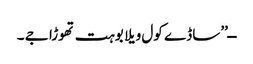
ــ’’ساڈے کول ویلا بوہت تھوڑا جے ۔